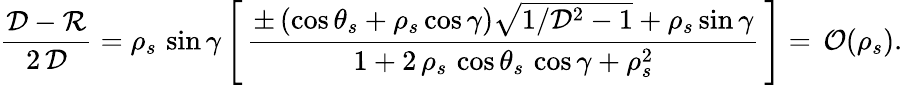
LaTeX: \frac{{\cal D}-{\cal R}}{2\, {\cal D}}=\rho_{s}\, \sin\gamma\left[\, \frac{\pm\left(\cos\theta_{s}+\rho_{s}\cos\gamma\right)\sqrt{1/{\cal D}^{2}-1}+\rho_{s}\sin\gamma}{1+2\, \rho_{s}\, \cos\theta_{s}\, \cos\gamma+\rho_{s}^{2}}\, \right]=\, {\cal O}(\rho_{s}).